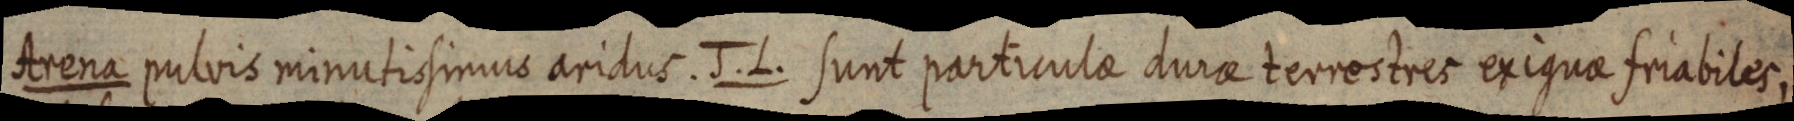
Arena pulvis minutissimus aridus. J. L. sunt particulae durae terrectres exiguae friabiles,